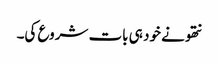
نتھو نے خود ہی بات شروع کی۔